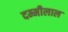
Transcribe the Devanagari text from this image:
दम्मीलाल